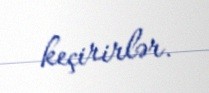
keçirirlər.